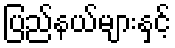
ပြည်နယ်များနှင့်